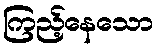
ကြည့်နေသော